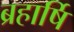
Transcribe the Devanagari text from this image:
ब्रहार्षि